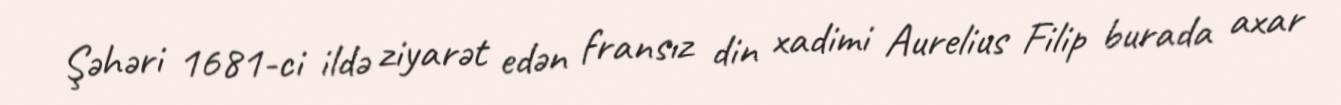
Şəhəri 1681-ci ildə ziyarət edən fransız din xadimi Aurelius Filip burada axar